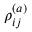
\rho _ { i j } ^ { ( a ) }